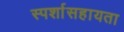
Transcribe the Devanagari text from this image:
स्पर्शासहायता